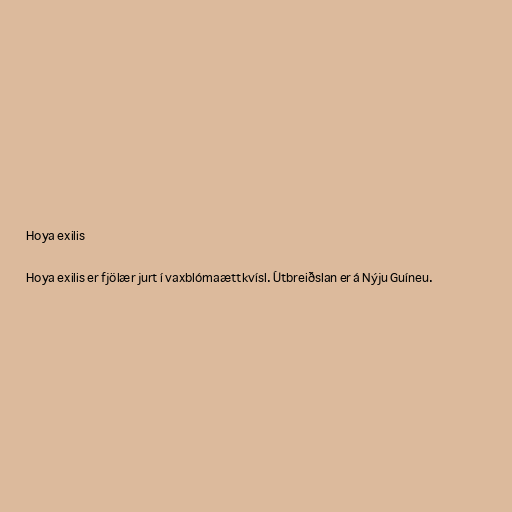
Hoya exilis

Hoya exilis er fjölær jurt í vaxblómaættkvísl. Útbreiðslan er á Nýju Guíneu.